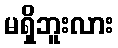
မရှိဘူးလား